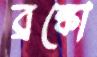
ব্রঙ্কো